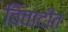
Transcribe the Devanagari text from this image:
विवादीत